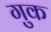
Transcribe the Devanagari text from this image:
गुक